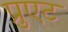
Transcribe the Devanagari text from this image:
प्रुएट